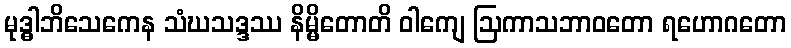
မုဒ္ဓါဘိသေကေန သံဃသဒ္ဒဿ နိမ္မိတောတိ ဝါကျေ ဩကာသဘာဝတော ရဟောဂတော